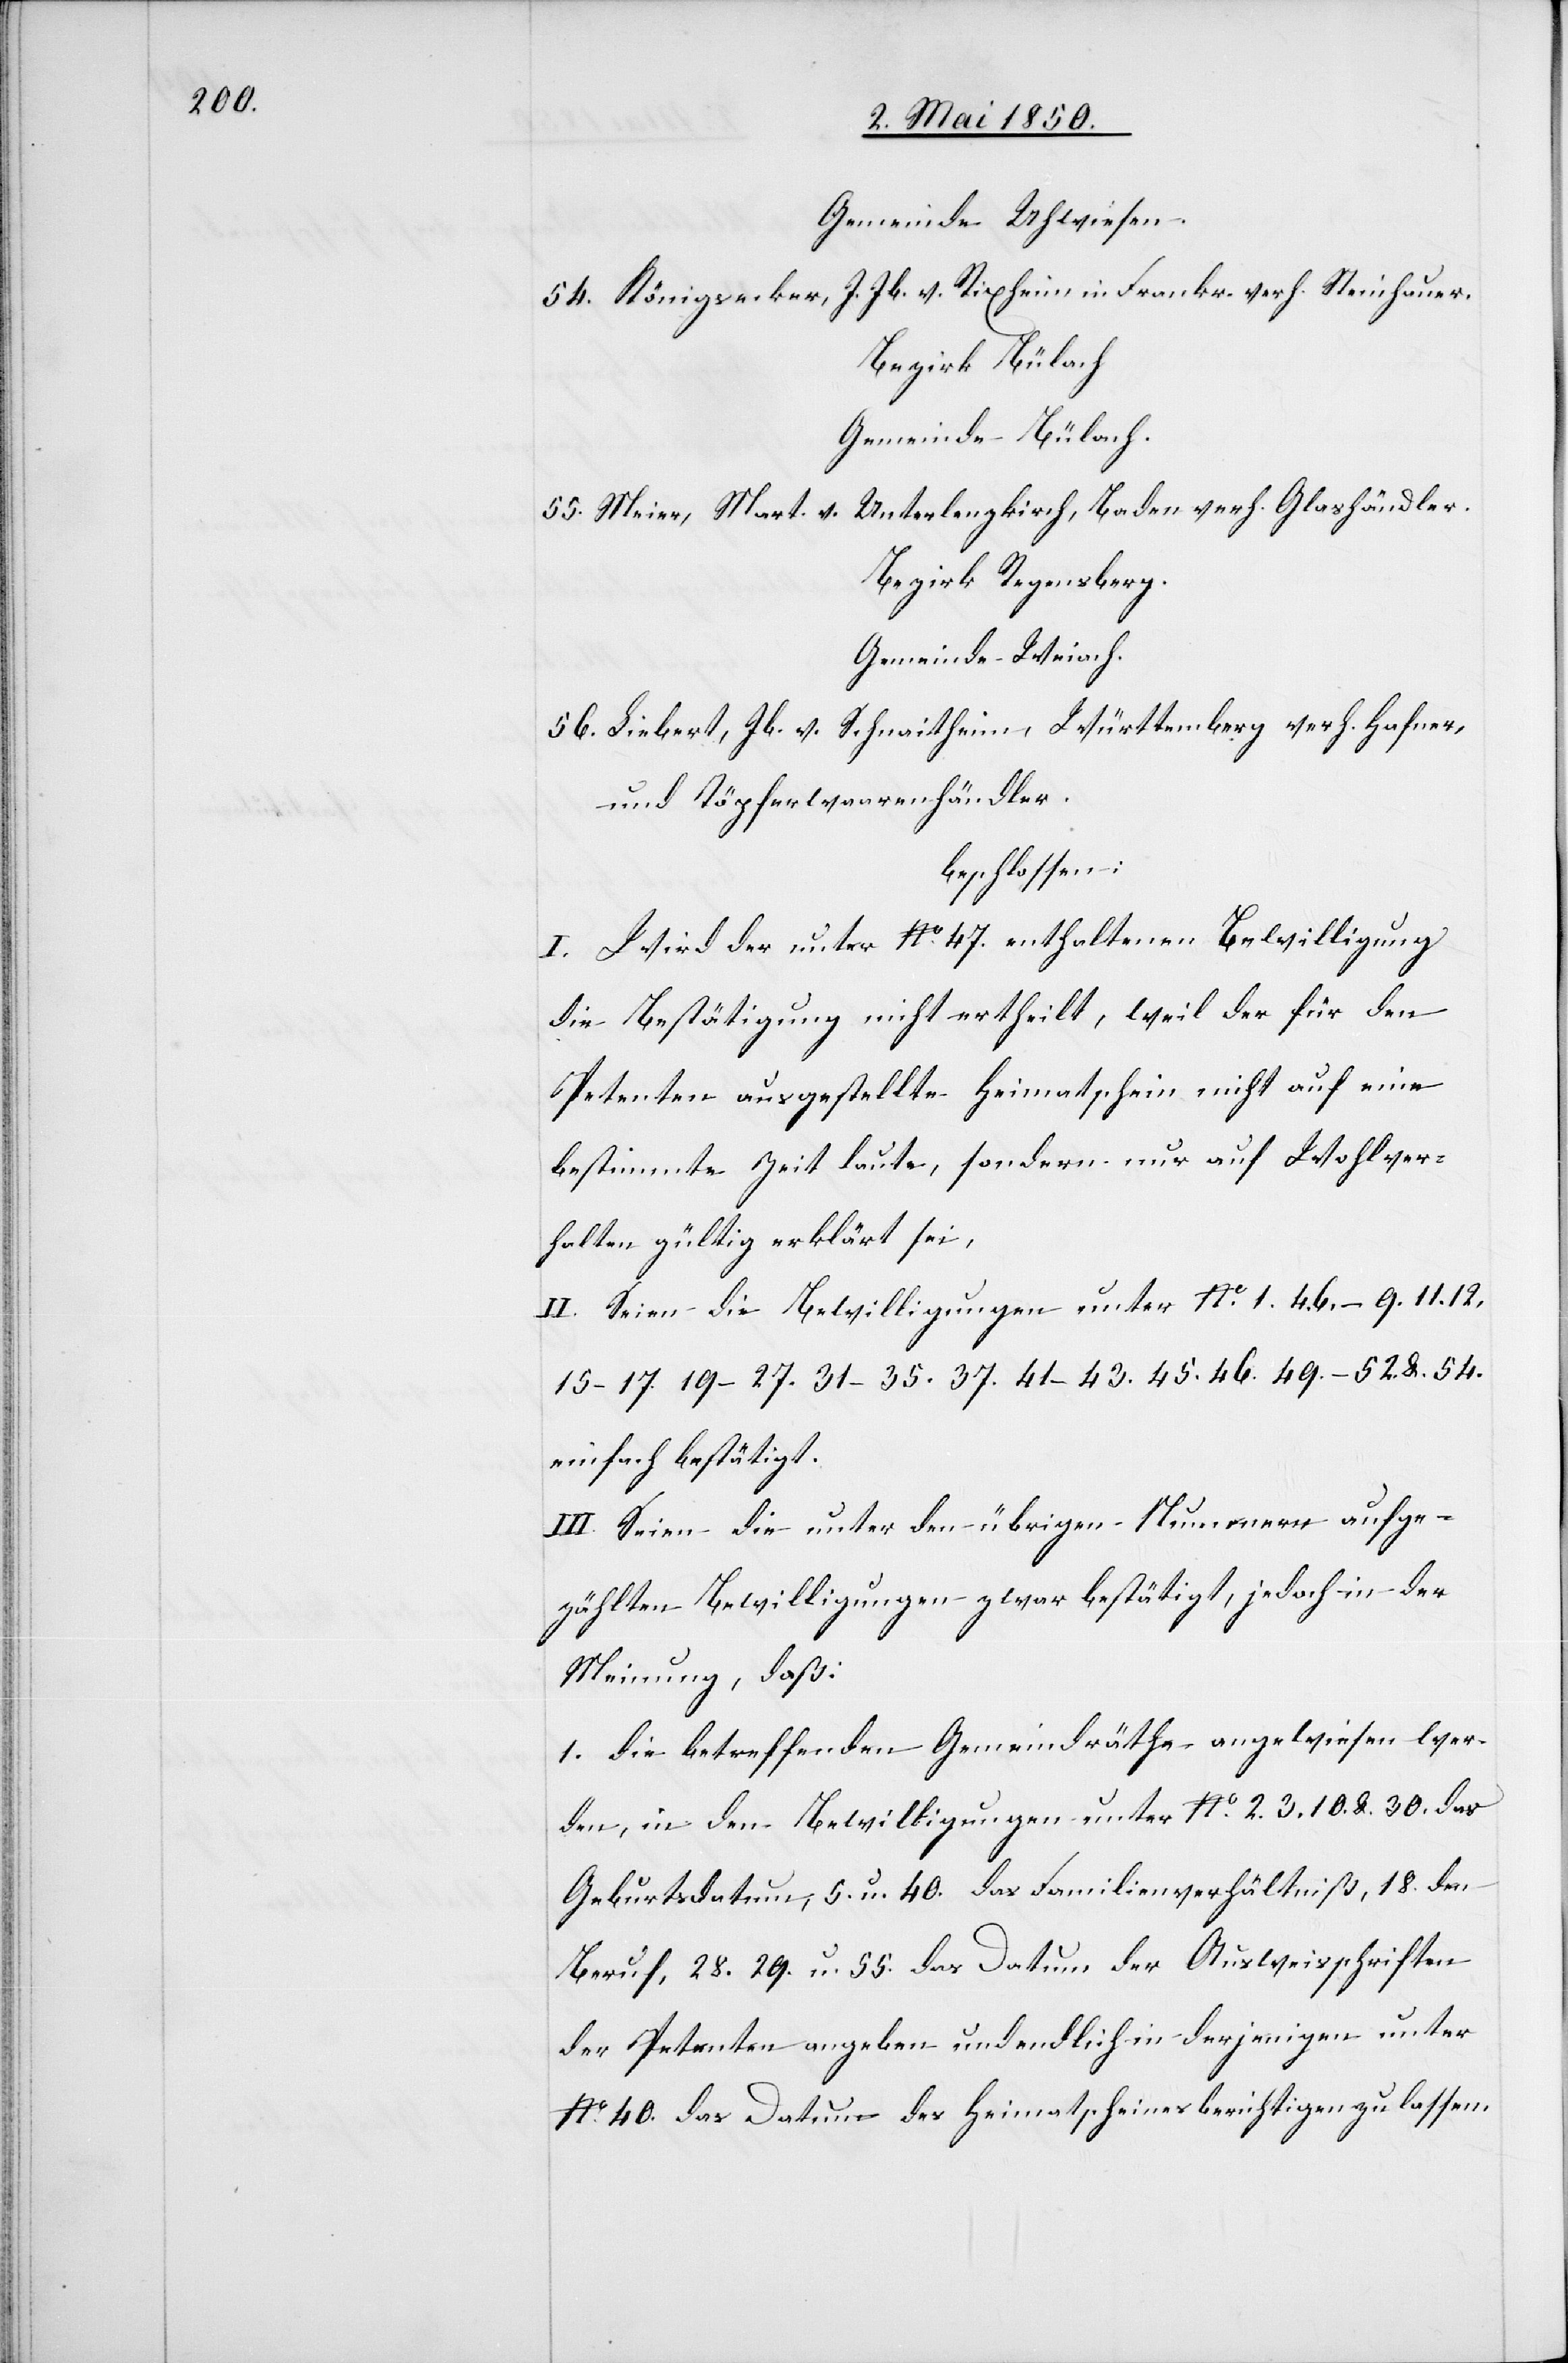
Gemeinde Uhwiesen.
J. Jb. v. Rixheim in Frankr. verh. Steinhauer.
54. Königsecker,
Bezirk Bülach
Gemeinde Bülach.
Unterlenzkirch, Baden verh. Glashändler.
55. Meier, Mart. v.
Bezirk Regensberg.
Gemeinde Weiach.
56. Liebert, Jb. v. Schnaitheim, Württemberg verh. Hafner,
und Töpferwaarenhändler.
beschlossen:
I. Wird der unter No. 47. enthaltenen Bewilligung
die Bestätigung nicht ertheilt, weil der für den
Petenten ausgestellte Heimatschein nicht auf eine
bestimmte Zeit laute, sondern nur auf Wohlver¬
halten gültig erklärt sei,
II. Seien die Bewilligungen unter No. 1. 4. 6.–9. 11. 12.
15–17. 19–27. 31–35. 37. 41–43. 45. 46. 49–52. & 54.
einfach bestätigt.
III. Seien die unter den übrigen Nummern aufge¬
zählten Bewilligungen zwar bestätigt, jedoch in der
Meinung, daß:
1. die betreffenden Gemeindräthe angewiesen wer¬
den, in den Bewilligungen unter No. 2. 3. 10. & 30. das
Geburtsdatum, 5. u. 40. das Familienverhältniß, 18. den
Beruf, 28. 29. u. 55. das Datum der Ausweisschriften
der Petenten angeben und endlich in derjenigen unter
No. 40. das Datum des Heimatscheines berichtigen zu lassen